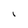
Character: I